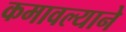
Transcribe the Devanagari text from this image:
कमावल्याने